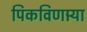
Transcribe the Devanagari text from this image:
पिकविणार्‍या